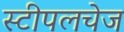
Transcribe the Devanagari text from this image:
स्टीपलचेज